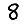
Digit: 8